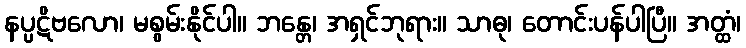
နပ္ပဋိဗလော၊ မစွမ်းနိုင်ပါ။ ဘန္တေ၊ အရှင်ဘုရား။ သာဓု၊ တောင်းပန်ပါပြီ။ အတ္ထံ၊